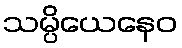
သမ္ပိယေနေဝ